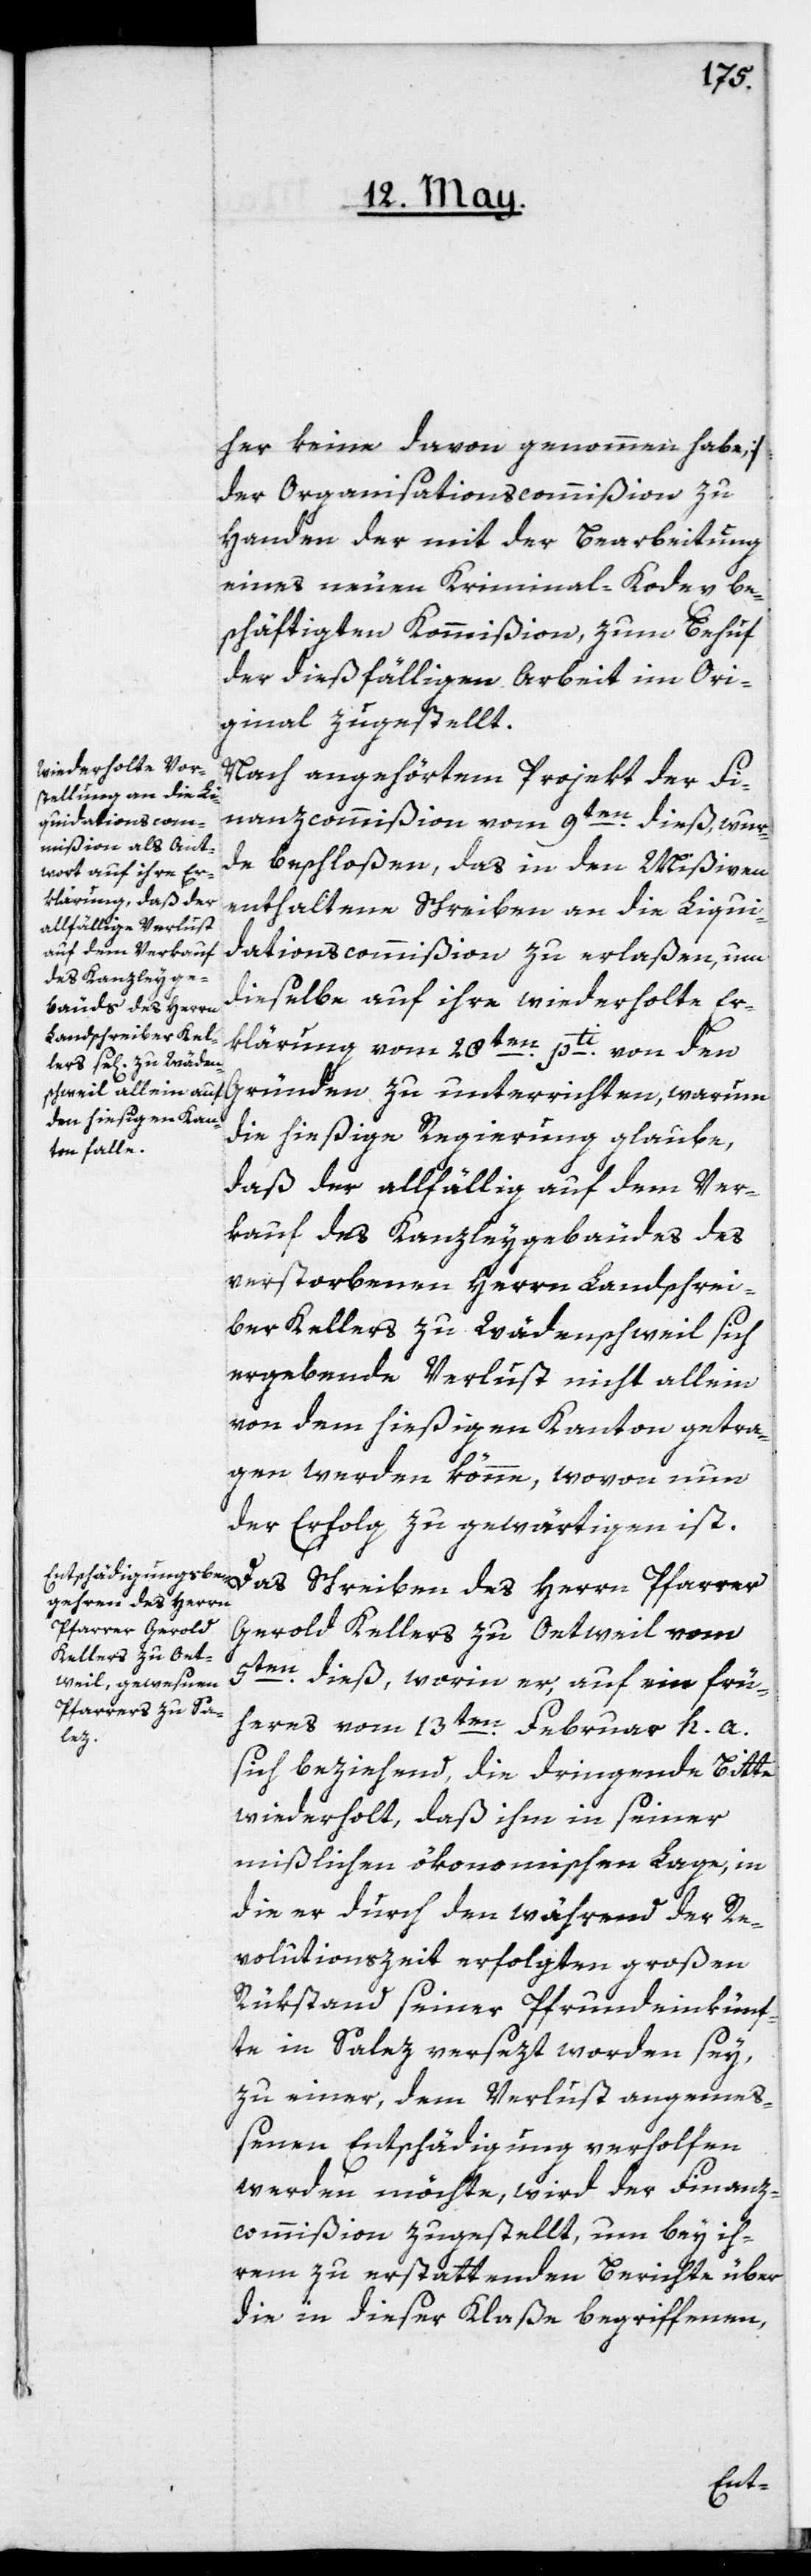
her keine davon genommen habe,]
der Organisationscommißion zu
Handen der mit der Bearbeitung
eines neuen Kriminal-Kodex be¬
schäftigten Kommißion, zum Behuf
der dießfälligen Arbeit im Ori¬
ginal zugestellt.
Nach angehörtem Projekt der Fi¬
nanzcommißion vom 9ten dieß, wur¬
de beschloßen, das in den Mißiven
enthaltene Schreiben an die Liqui¬
dationscommißion zu erlaßen, um
dieselbe auf ihre wiederholte Er¬
klärung vom 28ten pti von den
Gründen zu unterrichten, warum
die hießige Regierung glaube,
daß der allfällig auf dem Ver¬
kauf des Kanzleygebäudes des
verstorbenen Herrn Landschrei¬
ber Kellers zu Wädenschweil sich
ergebende Verlust nicht allein
von dem hießigen Kanton getra¬
gen werden könne, wovon nun
der Erfolg zu gewärtigen ist.
Das Schreiben des Herrn Pfarrer
Gerold Kellers zu Oetweil vom
5ten dieß, worin er, auf ein frü¬
heres vom 13ten Februar h. a.
sich beziehend, die dringende Bitte
wiederholt, daß ihm in seiner
mißlichen ökonomischen Lage, in
die er durch den während der Re¬
volutionszeit erfolgten großen
Rükstand seiner Pfrundeinkünf¬
te in Salez versezt worden sey,
zu einer, dem Verlust angemeß¬
enen Entschädigung verholfen
werden möchte, wird der Finanz¬
commißion zugestellt, um bey ih¬
rem zu erstattenden Berichte über
die in dieser Klaße begriffenen,